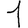
Digit: 1